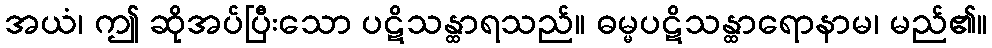
အယံ၊ ဤ ဆိုအပ်ပြီးသော ပဋိသန္ထာရသည်။ ဓမ္မပဋိသန္ထာရောနာမ၊ မည်၏။